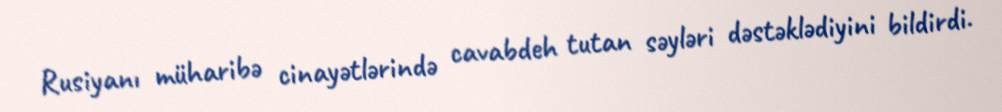
Rusiyanı müharibə cinayətlərində cavabdeh tutan səyləri dəstəklədiyini bildirdi.